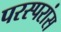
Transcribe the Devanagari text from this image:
परस्परांस